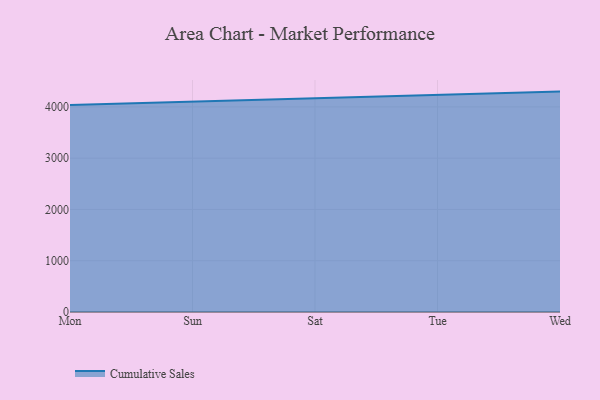
{"axis": {"x": "Day", "y": "Net Income (USD K)"}, "legend": ["Cumulative Sales"], "data": [{"x": "Mon", "y": 4035.3, "type": "Cumulative Sales"}, {"x": "Sun", "y": 4098.1, "type": "Cumulative Sales"}, {"x": "Sat", "y": 4166.5, "type": "Cumulative Sales"}, {"x": "Tue", "y": 4224.9, "type": "Cumulative Sales"}, {"x": "Wed", "y": 4298.1, "type": "Cumulative Sales"}]}